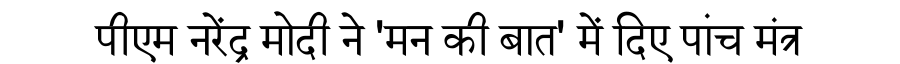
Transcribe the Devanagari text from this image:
पीएम नरेंद्र मोदी ने 'मन की बात' में दिए पांच मंत्र